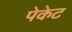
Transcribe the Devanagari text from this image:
पेकेट